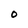
Character: 0